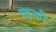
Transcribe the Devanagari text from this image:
व्हक्ती